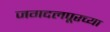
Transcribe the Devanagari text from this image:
जगदलपूरच्या